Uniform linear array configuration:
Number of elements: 24
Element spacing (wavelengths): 0.5
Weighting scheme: hann
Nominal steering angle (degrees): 30
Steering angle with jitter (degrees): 29.675
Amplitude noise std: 0.05
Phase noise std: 0.05

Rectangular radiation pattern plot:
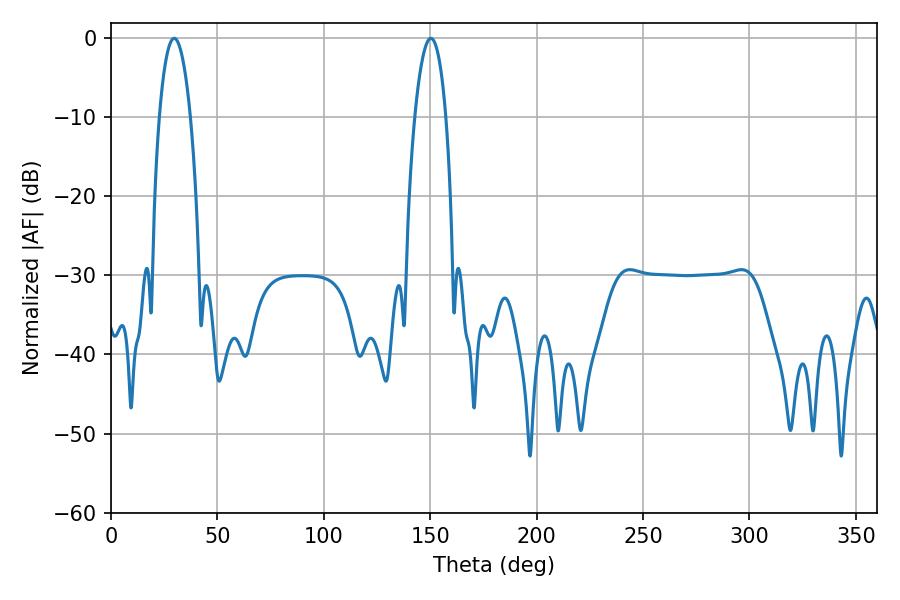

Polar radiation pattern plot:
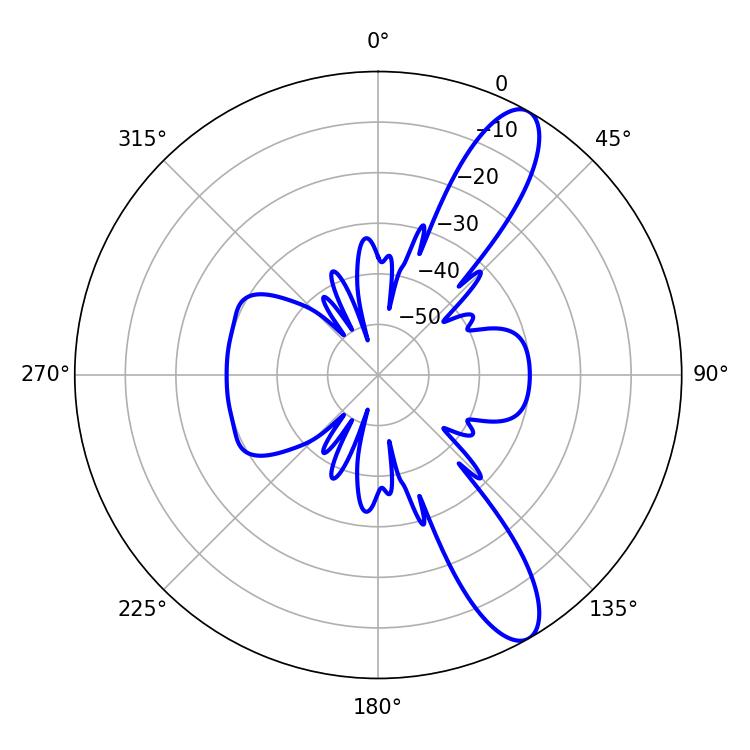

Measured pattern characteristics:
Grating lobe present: FALSE
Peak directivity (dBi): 11.236
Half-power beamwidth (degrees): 8.1
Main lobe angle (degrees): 29.7